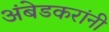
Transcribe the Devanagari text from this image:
अंबेडकरांनी